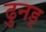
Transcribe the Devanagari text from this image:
ढुनड्